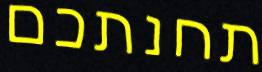
תחנתכם